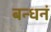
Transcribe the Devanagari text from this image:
बन्धनं